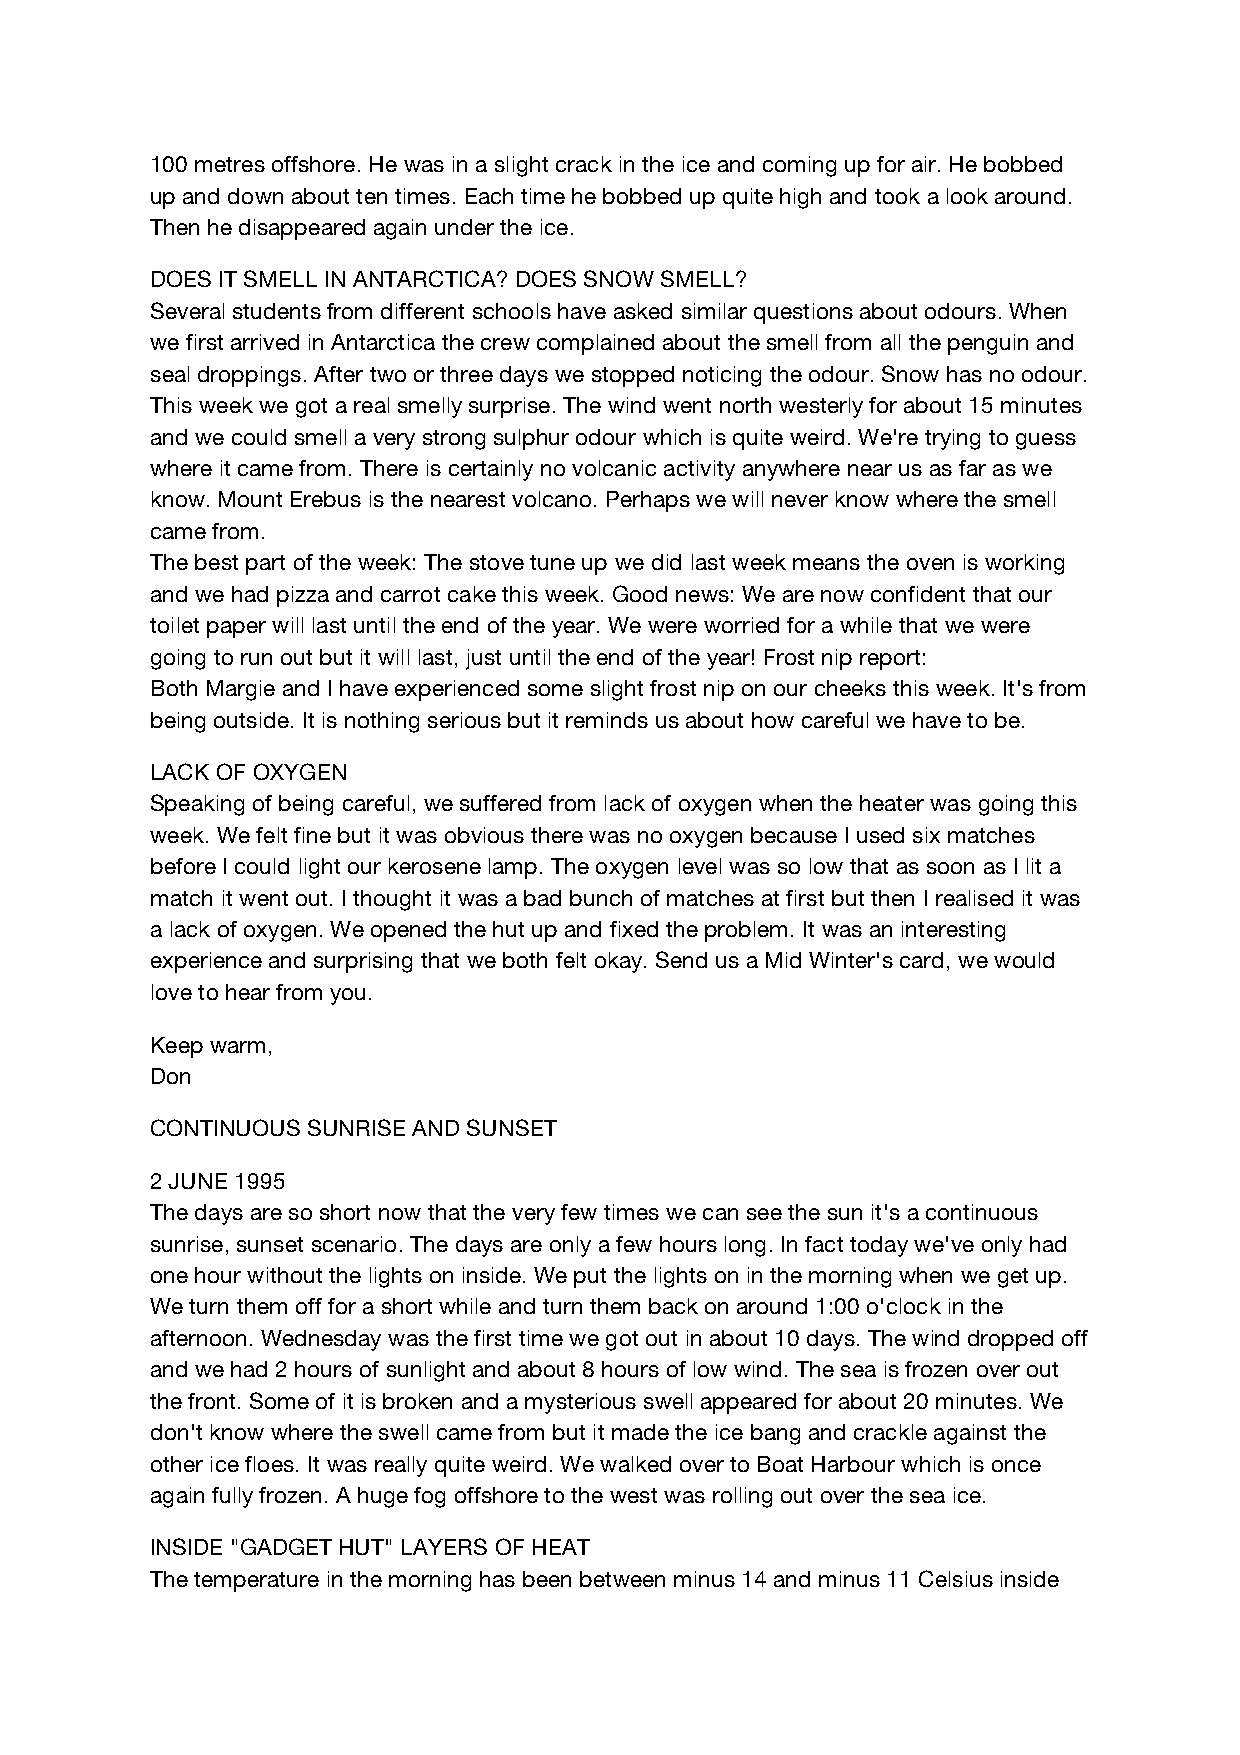
100 metres offshore. He was in a slight crack in the ice and coming up for air. He bobbed
 up and down about ten times. Each time he bobbed up quite high and took a look around.
 Then he disappeared again under the ice.
 DOES IT SMELL IN ANTARCTICA? DOES SNOW SMELL?
 Several students from different schools have asked similar questions about odours. When
 we first arrived in Antarctica the crew complained about the smell from all the penguin and
 seal droppings. After two or three days we stopped noticing the odour. Snow has no odour.
 This week we got a real smelly surprise. The wind went north westerly for about 15 minutes
 and we could smell a very strong sulphur odour which is quite weird. We're trying to guess
 where it came from. There is certainly no volcanic activity anywhere near us as far as we
 know. Mount Erebus is the nearest volcano. Perhaps we will never know where the smell
 came from.
 The best part of the week: The stove tune up we did last week means the oven is working
 and we had pizza and carrot cake this week. Good news: We are now confident that our
 toilet paper will last until the end of the year. We were worried for a while that we were
 going to run out but it will last, just until the end of the year! Frost nip report:
 Both Margie and I have experienced some slight frost nip on our cheeks this week. It's from
 being outside. It is nothing serious but it reminds us about how careful we have to be.
 LACK OF OXYGEN
 Speaking of being careful, we suffered from lack of oxygen when the heater was going this
 week. We felt fine but it was obvious there was no oxygen because I used six matches
 before I could light our kerosene lamp. The oxygen level was so low that as soon as I lit a
 match it went out. I thought it was a bad bunch of matches at first but then I realised it was
 a lack of oxygen. We opened the hut up and fixed the problem. It was an interesting
 experience and surprising that we both felt okay. Send us a Mid Winter's card, we would
 love to hear from you.
 Keep warm,
 Don
 CONTINUOUS SUNRISE AND SUNSET
 2 JUNE 1995
 The days are so short now that the very few times we can see the sun it's a continuous
 sunrise, sunset scenario. The days are only a few hours long. In fact today we've only had
 one hour without the lights on inside. We put the lights on in the morning when we get up.
 We turn them off for a short while and turn them back on around 1:00 o'clock in the
 afternoon. Wednesday was the first time we got out in about 10 days. The wind dropped off
 and we had 2 hours of sunlight and about 8 hours of low wind. The sea is frozen over out
 the front. Some of it is broken and a mysterious swell appeared for about 20 minutes. We
 don't know where the swell came from but it made the ice bang and crackle against the
 other ice floes. It was really quite weird. We walked over to Boat Harbour which is once
 again fully frozen. A huge fog offshore to the west was rolling out over the sea ice.
 INSIDE "GADGET HUT" LAYERS OF HEAT
 The temperature in the morning has been between minus 14 and minus 11 Celsius inside